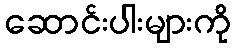
ဆောင်းပါးများကို